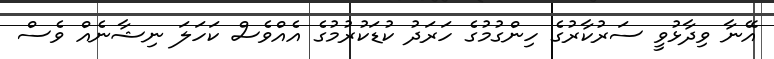
އޭނާ ވިދާޅުވީ ސަރުކާރުގެ ހިންގުމުގެ ހަރަދު ކުޑަކުރުމުގެ އެއްވެސް ކަހަލަ ނިޝާނެއް ވެސް